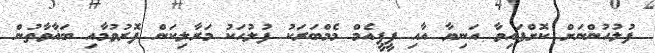
ފުލުހުންނަށް ކޮށްފައިވާ އަނިޔާ އާއި ޕީޕީއެމް މެމްބަރަކު ފުލުހަކު މަރާލިކަން ފޮރުވުމާއި ބަޣާވާތުން